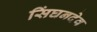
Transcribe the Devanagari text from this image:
सिंघनदेव